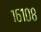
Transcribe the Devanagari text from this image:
१६१०८